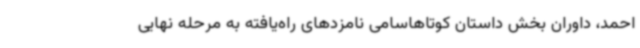
احمد، داوران بخش داستان کوتاهاسامی نامزدهای راه‌یافته به مرحله نهایی